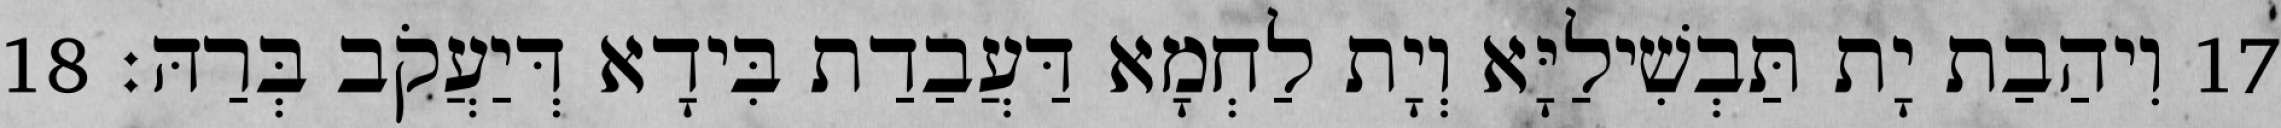
17 וִיהַבַת יָת תַּבְשִׁילַיָּא וְיָת לַחְמָא דַּעֲבַדַת בִּידָא דְּיַעֲקֹב בְּרַהּ׃ 18